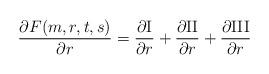
LaTeX: \begin{align*} \frac{\partial F(m,r,t,s)}{\partial r} =\frac{\partial{\rm I}}{\partial r} + \frac{\partial {\rm II}}{\partial r}+\frac{\partial{\rm III}}{\partial r}\;\;\;\;\;\;\;\;\;\;\;\;\;\;\;\;\;\;\;\;\;\;\;\;\;\;\;\;\;\;\;\;\;\;\;\;\;\;\;\;\;\;\;\;\;\;\;\;\;\;\;\;\;\;\;\;\;\;\;\;\end{align*}